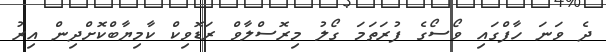
ދެ ވަނަ ހާފްގައި ވޯސޯގެ ފުރަތަމަ ގޯލު މިރޮސްލާވް ރަޑޮވިކް ކާމިޔާބްކޮށްދިން އިރު